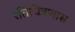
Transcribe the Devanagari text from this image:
रतिचित्रणास